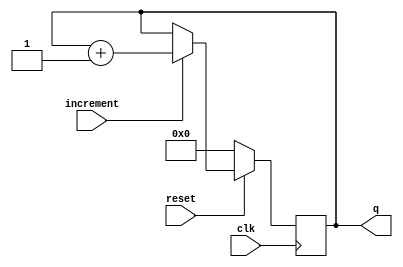
/*	
System Synthesis and Modeling
Program Counter
Johnathan Banks
*/

module PC (q, clk, reset, increment);
	input 			clk, reset, increment;
	output 	[15:0] 	q;
	reg		[15:0]	q;
	
	always @(posedge clk)
		if (!reset)
			q = 16'd0;
		else if (increment)
			q = q + 1;
endmodule